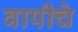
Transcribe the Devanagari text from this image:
वापीचे